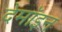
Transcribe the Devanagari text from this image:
देमॉइन